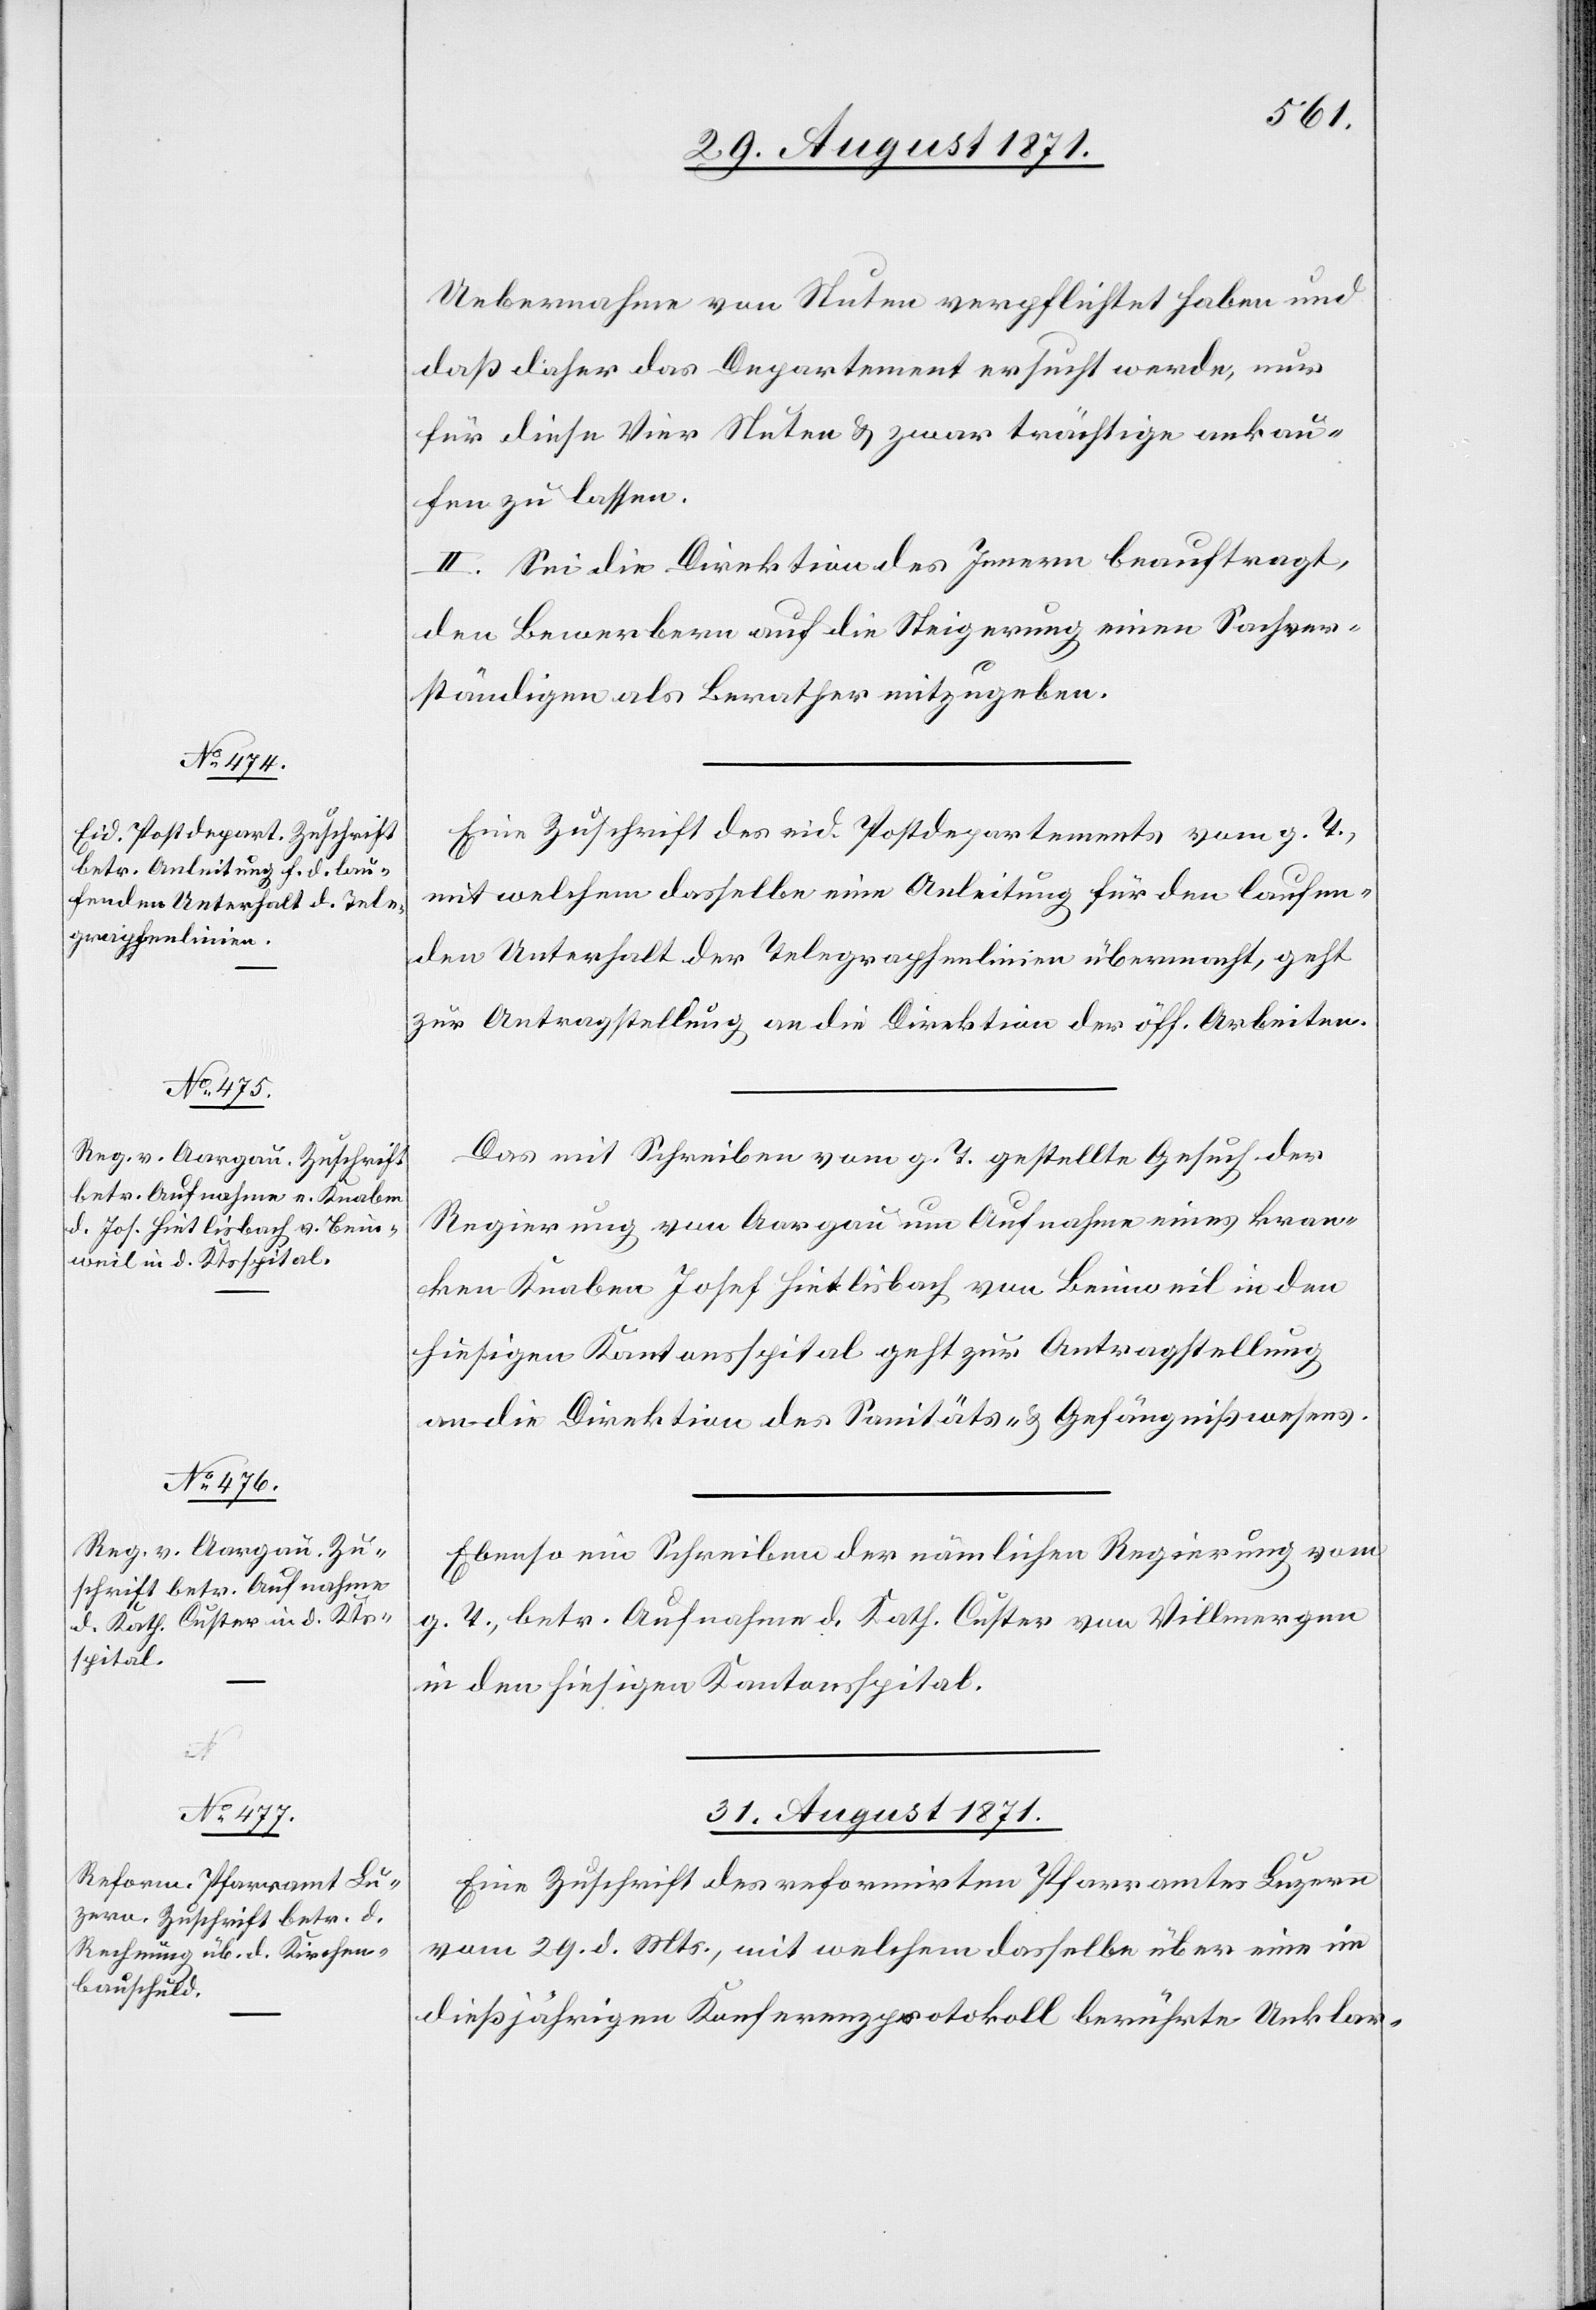
Uebernahme von Stuten verpflichtet haben und
daß daher das Departement ersucht werde, nur
für diese Vier Stuten & zwar trächtige ankau¬
fen zu lassen.
II. Sei die Direktion des Innern beauftragt,
den Bewerbern auf die Steigerung einen Sachver¬
ständigen als Berather mitzugeben.
Eine Zuschrift des eid. Postdepartements vom g. T.,
mit welchem dasselbe eine Anleitung für den laufen¬
den Unterhalt der Telegraphenlinie übermacht, geht
zur Antragstellung an die Direktion der öff. Arbeiten.
Das mit Schreiben vom g. T. gestellte Gesuch der
Regierung von Aargau um Aufnahme eines kran¬
ken Knaben Joseb Hietlisbach von Beinweil in den
hiesigen Kantonsspital geht zur Antragstellung
an die Direktion des Sanitäts- & Gefängnißwesens.
Ebenso ein Schreiben der nämlichen Regierung vom
g. T., betr. Aufnahme d. Kath. Custer von Villmergen
in den hiesigen Kantonsspital.
31. August 1871.
Eine Zuschrift des reformirten Pfarramtes Luzern
vom 29. d. Mts. mit welchem dasselbe über eine im
dießjährigen Konferenzprotokoll berührte Unklar-